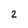
Character: 2